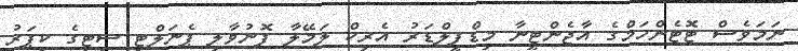
ނަމަވެސް ޓޮޓެންހަމްގެ އާޖެންޓީނާ މިޑްފީލްޑަރު އެރިކް ލަމޭލާ ފޮނުވާލި ޕެނަލްޓީ ސިޓީގެ ކީޕަރު